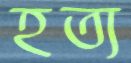
হত্য